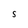
Character: S